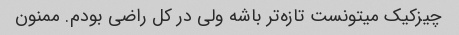
چیزکیک میتونست تازه‌تر باشه ولی در کل راضی بودم. ممنون